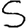
Digit: 5